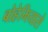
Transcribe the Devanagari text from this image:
बोहेमियासे